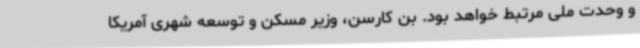
و وحدت ملی مرتبط خواهد بود. بن کارسن، وزیر مسکن و توسعه شهری آمریکا